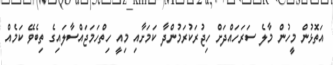
އަތޮޅުން މީހުން މާލެ ސަރަހައްދަށް ހިޖުރަކުރަމުންދާ ކަމަށާއި މިއީ ހިތްހަމަޖައްސާލައިގެ ތިބެވޭ ކަމެއް